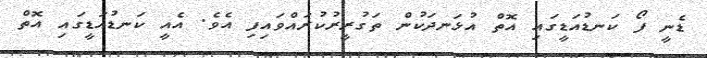
ޑެނީ ފޯ ކަނޑުއަޑީގައި އޮތް އުޅަނދަކުން ތަގުރީރުކުރައްވައިފި އެވެ. އެއީ ކަނޑުއަޑީގައި އޮތް